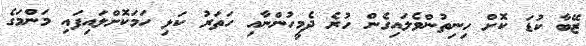
ޒޭބާ ކުޑަ ކޮށް ހިނިތުންވެލައިގެން ހުރެ ދެމީހުންނާއި ހަތަރު ކަޅި ހަމަކޮށްލައިފައި މަންމަގެ